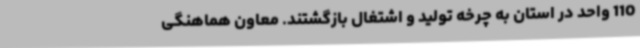
110 واحد در استان به چرخه تولید و اشتغال بازگشتند. معاون هماهنگی